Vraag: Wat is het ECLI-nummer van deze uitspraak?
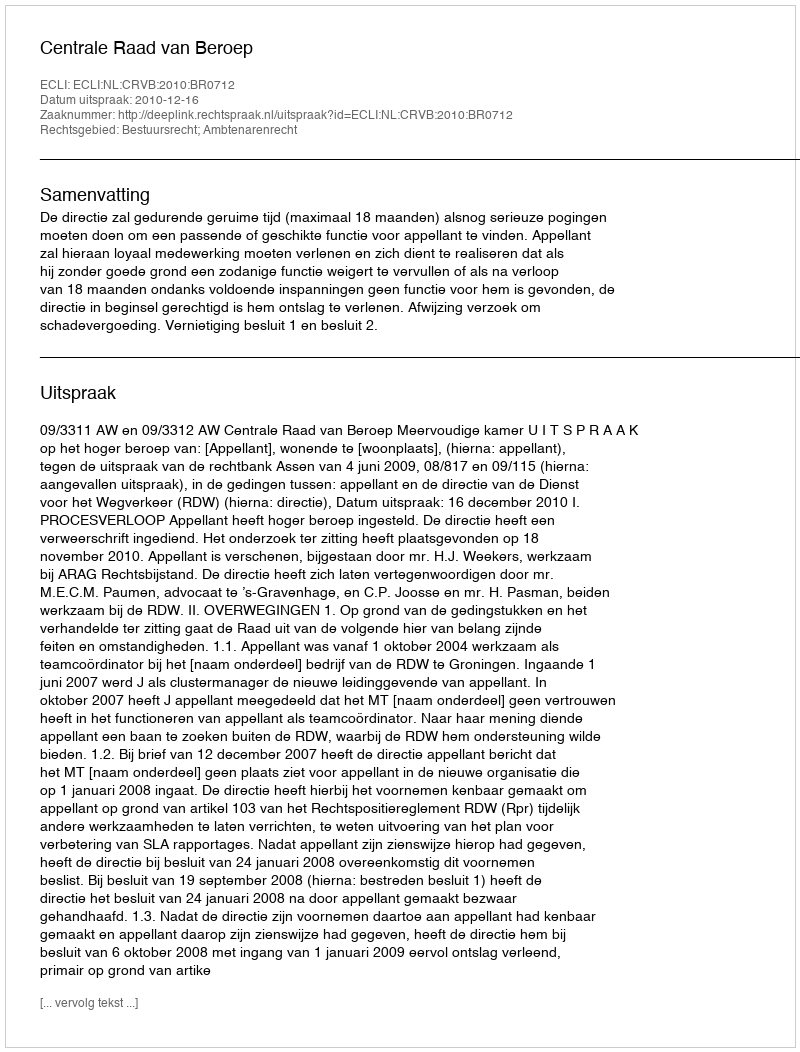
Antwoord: ECLI:NL:CRVB:2010:BR0712